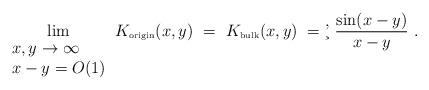
LaTeX: \begin{align*}\lim_{\begin{array}{ll}x,y\to\infty\\ x-y=O(1)\end{array}} K_{\mbox{\tiny origin}}(x,y) \ =\ K_{\mbox{\tiny bulk}}(x,y) \ =\c'\ \frac{\sin(x-y)}{x-y} \ .\end{align*}